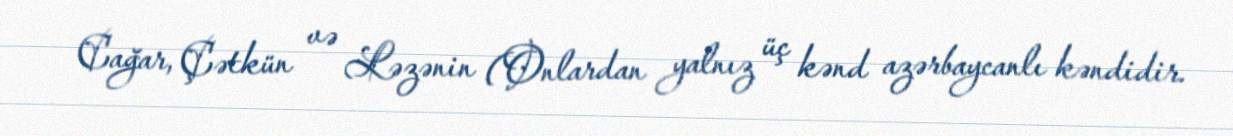
Cağar, Çətkün və Ləzənin (Onlardan yalnız üç kənd azərbaycanlı kəndidir.